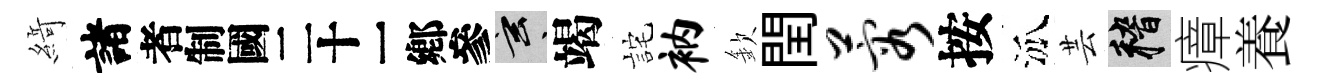
𦂶諸识玄竭詫衲欽閏蓉按泒芸稽瘴養